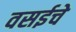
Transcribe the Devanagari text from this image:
वसईचे